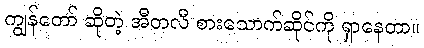
ကျွန်တော် ဆိုတဲ့ အီတလီ စားသောက်ဆိုင်ကို ရှာနေတာ။